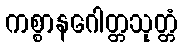
ကစ္စာနဂေါတ္တသုတ္တံ